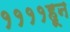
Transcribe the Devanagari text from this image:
११११हून